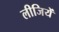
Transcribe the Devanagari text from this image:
लीजियें